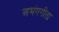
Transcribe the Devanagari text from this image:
अभंगगीता